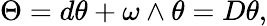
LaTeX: \Theta=d\theta+\omega\wedge\theta=D\theta,